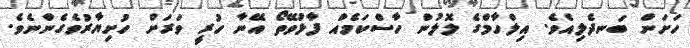
ހަށަން ބަނދެލިއެވެ. އިލްހާމްގެ ލޮލުން ހާސްކަމެއް ފާޅުވޭތޯ އޭނާ ހުރީ ވަރަށް ހުށިޔާރުވެގެންނެވެ.